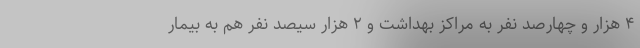
۴ هزار و چهارصد نفر به مراکز بهداشت و ۲ هزار سیصد نفر هم به بیمار